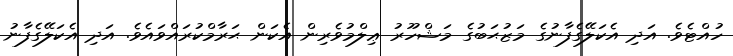
ހުއްޓެވެ. އަދި އެކަލޭގެފާނުގެ މަޒުޙަބުގެ މަޝްހޫރު ޢިލްމުވެރިން އެކަން ޙަރާމްކުރައްވައެވެ. އަދި އެކަލޭގެފާނު